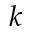
k